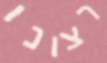
רצונו